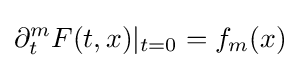
\partial _{t}^{m}F(t,x)|_{t=0}=f_{m}(x)